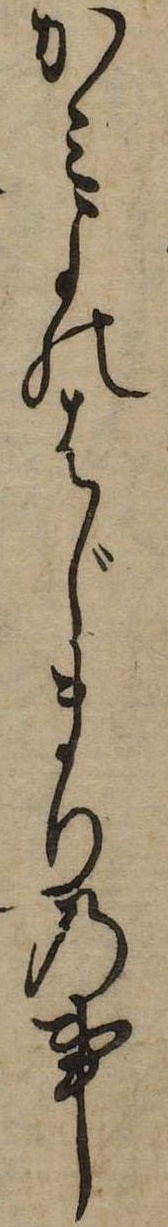
かみよのはじまりの事